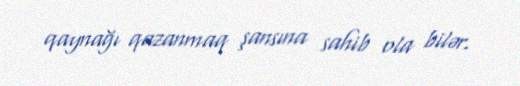
qaynağı qazanmaq şansına sahib ola bilər.